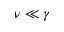
\nu \ll \gamma